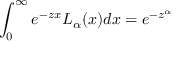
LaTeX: \int _ { 0 } ^ { \infty } e ^ { - z x } L _ { \alpha } ( x ) d x = e ^ { - z ^ { \alpha } }